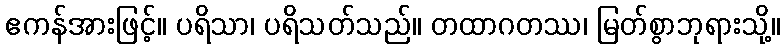
ဧကန်အားဖြင့်။ ပရိသာ၊ ပရိသတ်သည်။ တထာဂတဿ၊ မြတ်စွာဘုရားသို့။